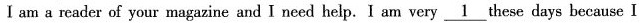
I am a reader of your magazine and I need help.I am very \underline{1} these days because I